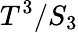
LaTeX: T^{3}/S_{3}